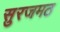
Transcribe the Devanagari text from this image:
सुरजमठ